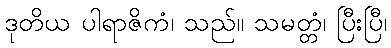
ဒုတိယ ပါရာဇိကံ၊ သည်။ သမတ္တံ၊ ပြီးပြီ၊